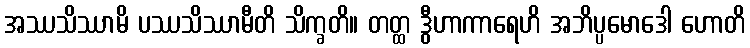
အဿသိဿာမိ ပဿသိဿာမီတိ သိက္ခတိ။ တတ္ထ ဒွီဟာကာရေဟိ အဘိပ္ပမောဒေါ ဟောတိ